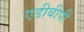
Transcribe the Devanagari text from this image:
एडीबीपी